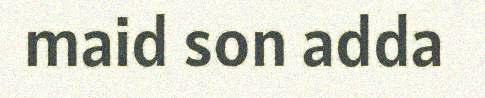
maid son adda